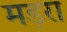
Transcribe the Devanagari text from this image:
मड़रा